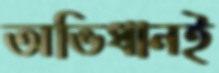
অভিধানই